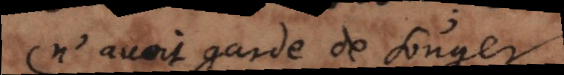
n’avoit garde de songer